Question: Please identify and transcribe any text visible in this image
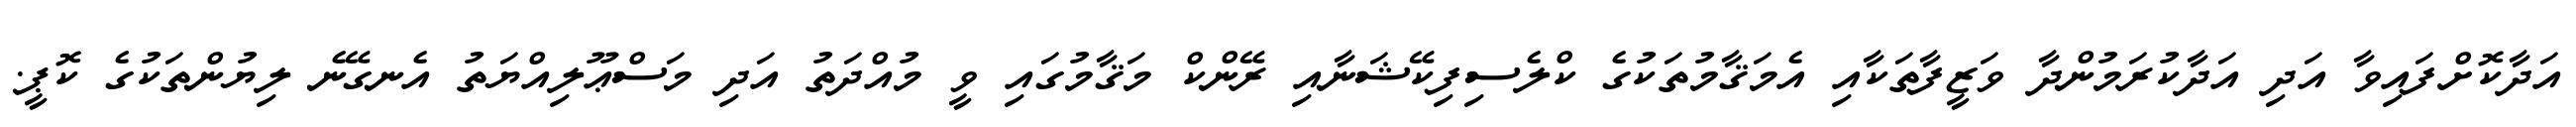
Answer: އަދާކޮށްފައިވާ އަދި އަދާކުރަމުންދާ ވަޒީފާތަކާއި އެމަޤާމުތަކުގެ ކްލެސިފިކޭޝަނާއި ރޭންކް މަޤާމުގައި ވީ މުއްދަތު އަދި މަސްޢޫލިއްޔަތު އެނގޭނެ ލިޔުންތަކުގެ ކޮޕީ.